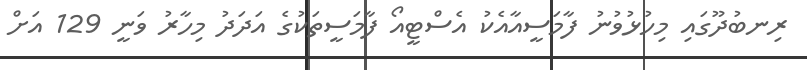
ރިނބުދޫގައި މިހުޅުވުނު ފާމަސީއާއެކު އެސްޓީއޯ ފާމަސީތަކުގެ އަދަދު މިހާރު ވަނީ 129 އަށް